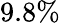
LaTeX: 9.8\%